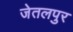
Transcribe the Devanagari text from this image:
जेतलपुर